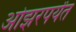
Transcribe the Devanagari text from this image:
ओझरपर्यंत